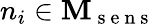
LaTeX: n_{i}\in\textbf{M}_{\mathrm{~s~e~n~s~}}